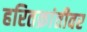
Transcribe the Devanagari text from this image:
हरितक्रांतीवर